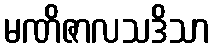
မဏိဇာလသဒိသာ